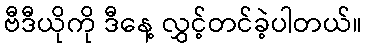
ဗီဒီယိုကို ဒီနေ့ လွှင့်တင်ခဲ့ပါတယ်။